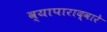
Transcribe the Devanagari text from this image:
व्यापाराद्वारे